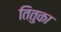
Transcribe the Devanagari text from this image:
तितुका